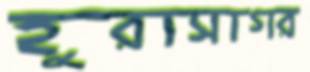
হুরাসাগর